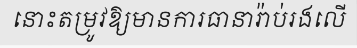
នោះតម្រូវឱ្យមានការធានារ៉ាប់រងលើ